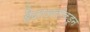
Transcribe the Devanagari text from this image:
हैदरअलीकडून